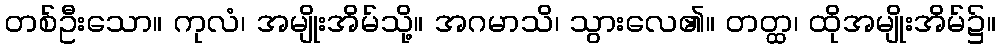
တစ်ဦးသော။ ကုလံ၊ အမျိုးအိမ်သို့။ အဂမာသိ၊ သွားလေ၏။ တတ္ထ၊ ထိုအမျိုးအိမ်၌။